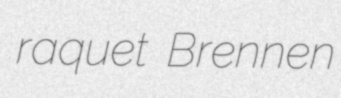
raquet Brennen